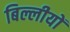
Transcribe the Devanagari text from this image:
बिल्लीयों